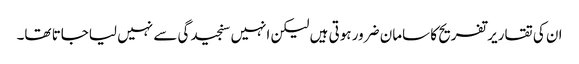
ان کی تقاریر تفریح کا سامان ضرور ہوتی ہیں لیکن انہیں سنجیدگی سے نہیں لیاجاتا تھا۔